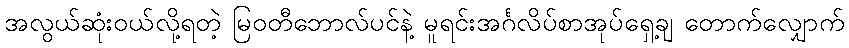
အလွယ်ဆုံးဝယ်လို့ရတဲ့ မြဝတီဘောလ်ပင်နဲ့ မူရင်းအင်္ဂလိပ်စာအုပ်ရှေ့ချ တောက်လျှောက်